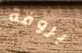
بروفة